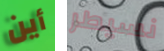
أين نسيطر